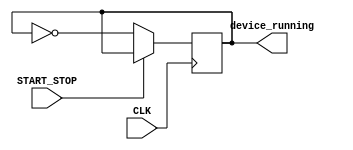
module Device_running_ctrl(
input CLK,
input START_STOP,
output reg device_running
);

	initial begin
		device_running <= 1'b0;
	end

	always@(posedge CLK) begin
		if (!START_STOP) device_running <= ~device_running;
		else device_running <= device_running;
	end

endmodule